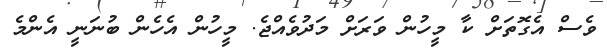
ވެސް އެގޮތަށް ކާ މީހުން ވަރަށް މަދުވެއްޖެ. މީހުން އެހެން ބުނަނީ އެންމެ